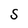
Character: S